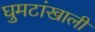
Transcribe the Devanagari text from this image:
घुमटांखाली